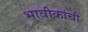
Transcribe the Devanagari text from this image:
भावीकांची